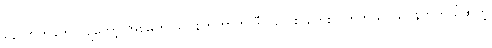
နောက်တခုက ကျတော့ အစ်မက သဝန်တိုတာကို ဒီလိုလေးပဲတွေးလိုက်တယ်၊ သဝန်တိုတယ်ဆိုတဲ့